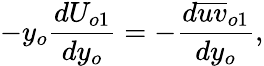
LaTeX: -y_{o}\frac{dU_{o1}}{dy_{o}}=-\frac{d\overline{{uv}}_{o1}}{dy_{o}},